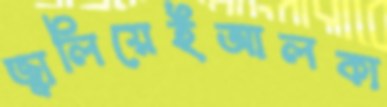
জ্বালিয়েইআলকা